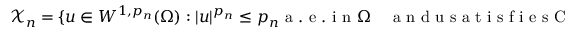
\begin{array} { r } { \mathcal X _ { n } = \{ u \in W ^ { 1 , p _ { n } } ( \Omega ) : | u | ^ { p _ { n } } \leq p _ { n } \mathrm { ~ a ~ . ~ e ~ . ~ i ~ n ~ } \Omega \quad \mathrm { ~ a ~ n ~ d ~ u ~ s ~ a ~ t ~ i ~ s ~ f ~ i ~ e ~ s ~ C ~ o ~ n ~ s ~ t ~ r ~ a ~ i ~ n ~ t ~ ~ ~ } \} , } \end{array}